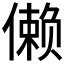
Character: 𱏔